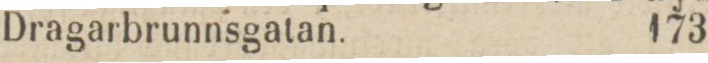
Dragarbrunnsgatan.    173